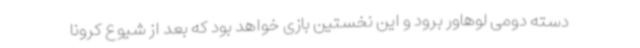
دسته دومی لوهاور برود و این نخستین بازی خواهد بود که بعد از شیوع کرونا